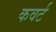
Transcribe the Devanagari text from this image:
कवर्ट